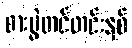
စားပွဲတင်တင်းနစ်